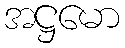
အဋ္ဌမော